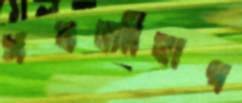
সবজীবাগ